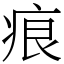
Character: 痕